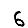
Digit: 6